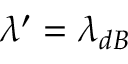
\lambda ^ { \prime } = \lambda _ { d B }